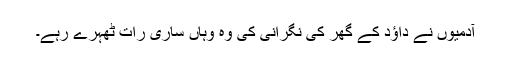
آدمیوں نے داؤد کے گھر کی نگرانی کی وہ وہاں ساری رات ٹھہرے رہے۔